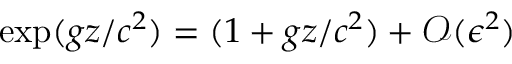
\exp ( g z / c ^ { 2 } ) = ( 1 + g z / c ^ { 2 } ) + \mathcal { O } ( \epsilon ^ { 2 } )